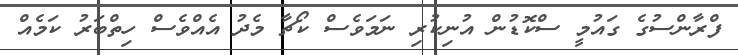
ފްރާންސުގެ ގައުމީ ސްކޮޑުން އުނިކުރި ނަމަވެސް ކޯޗާ މެދު އެއްވެސް ހިތްބަރު ކަމެއް